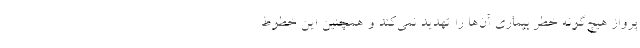
پرواز هیچ‌گونه خطر بیماری آن‌ها را تهدید نمی‌کند و همچنین این خطوط